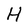
Character: H